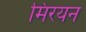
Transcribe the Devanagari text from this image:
मिरयन